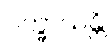
ပက္ခာယန္တိ